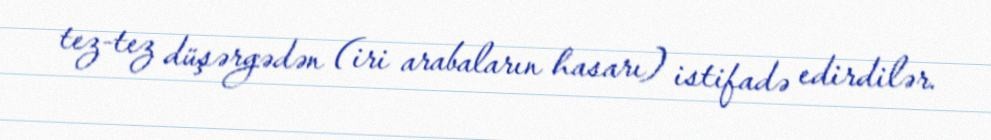
tez-tez düşərgədən (iri arabaların hasarı) istifadə edirdilər.